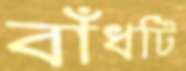
বাঁধটি